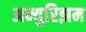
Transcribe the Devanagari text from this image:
अन्युरिझम